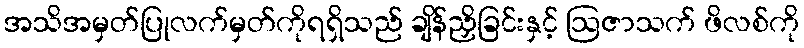
အသိအမှတ်ပြုလက်မှတ်ကိုရရှိသည် ချိန်ညှိခြင်းနှင့် ဩဇာသက် ဖိလစ်ကို